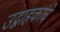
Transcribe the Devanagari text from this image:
उद्वाहकांचे